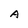
Character: A